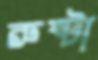
রুষ্টা